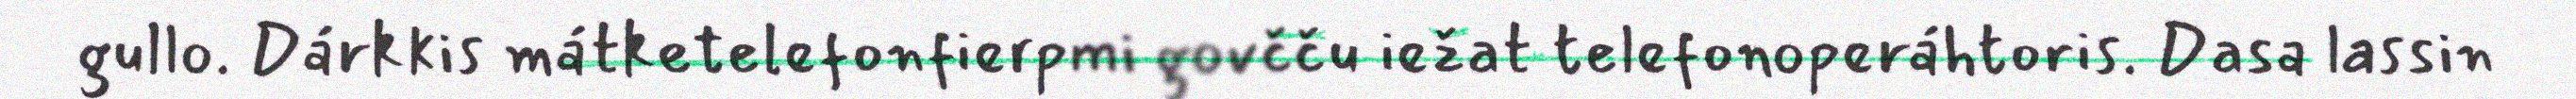
gullo. Dárkkis mátketelefonfierpmi govčču iežat telefonoperáhtoris. Dasa lassin